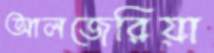
আলজেরিয়া